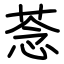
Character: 菍